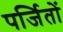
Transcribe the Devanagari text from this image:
पर्जितों